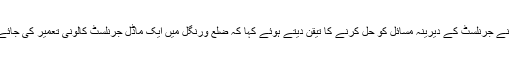
انہوں نے جرنلسٹ کے دیرینہ مسائل کو حل کرنے کا تیقن دیتے ہوئے کہا کہ ضلع ورنگل میں ایک ماڈل جرنلسٹ کالونی تعمیر کی جائے گی۔